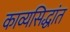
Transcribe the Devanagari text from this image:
काव्यसिद्धांत